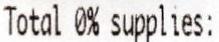
TOTAL 0% SUPPLIES: